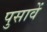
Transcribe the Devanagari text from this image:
पुसावें